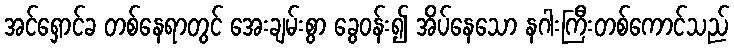
အင်ရှောင်ခ တစ်နေရာတွင် အေးချမ်းစွာ ခွေဝန်း၍ အိပ်နေသော နဂါးကြီးတစ်ကောင်သည်